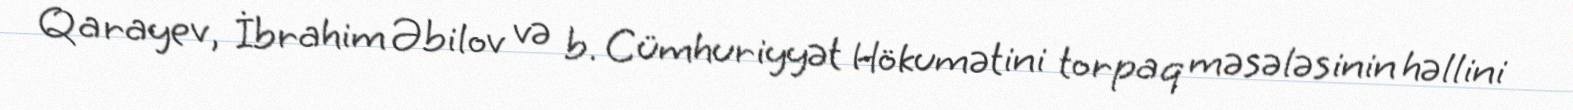
Qarayev, İbrahim Əbilov və b. Cümhuriyyət Hökumətini torpaq məsələsinin həllini